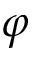
\varphi